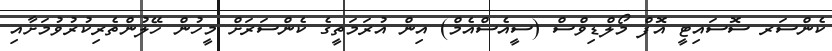
ކެންސަރ ސޮސައިޓީ އޮފް މޯލްޑިވްސް (ސީއެސްއެމް) އިން އުރަމަތީގެ ކެންސަރަށް މީހުން ހޭލުންތެރިކުރުވުމަށާއި